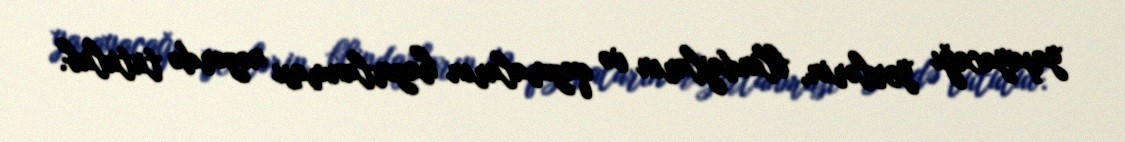
yaşayacağı yerlərin, blindajların və qazmaların hazırlanması nəzərdə tutulub.